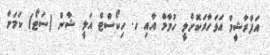
އަފްރާޝީމް އަވަހާރަކޮށްލީ ހުމާމް އާއި ހ. ހިކޯސްޓް އަލީ ޝާން (ސަޓޯ) ކަމަށް